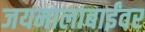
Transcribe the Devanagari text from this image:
जयमालाबाईंवर